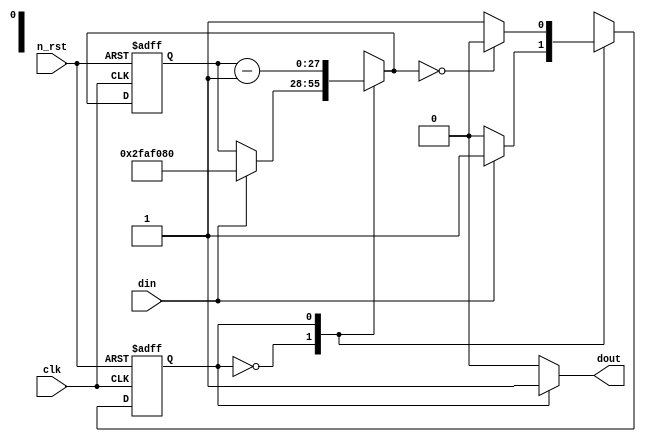
module delay(
    clk,
    n_rst,
    din,
    dout
);


//parameter N = 28;
//parameter T_20MS = 28'h000_0008; testbench 

parameter N = 28;
parameter T_1S = 28'h2FA_F080;
// 1s = 1.0+e9ns, 1clock = 20ns, 1s = 5.0+e7clock
//5.0+e7 = 28'b0010_1111_1010_1111_0000_1000_0000 = 28'h2FA_F080

input clk;
input n_rst;
input din;

output dout;

reg c_state;
reg n_state;

reg [N-1:0] c_cnt;
reg [N-1:0] n_cnt;

localparam D_INT = 1'b0;      //  
localparam D_DELAY = 1'b1;  //  

always @(posedge clk or negedge n_rst)
    if(!n_rst) begin
        c_state <= D_INT;
        c_cnt <= {N{1'b0}};
    end
    else begin
        c_state <= n_state;
        c_cnt <= n_cnt;
    end

always @(c_state or din or c_cnt or n_cnt)
    case(c_state)
    D_INT : begin
        n_state = (din == 1'b1) ? D_DELAY : c_state; //  din 1'b1     ,     
        n_cnt = (din == 1'b1) ? T_1S : c_cnt;          //  din 1'b1  c_cnt     ,   
    end
    D_DELAY: begin
        n_state = (n_cnt == {N{1'b0}}) ? D_INT : c_state; // n_cnt  28'h000_0000     
        n_cnt = c_cnt - {{(N-1){1'b0}}, 1'b1};                //   c_cnt 28'h000_0001 
    end
    default : begin
        n_state = D_INT;
        n_cnt = {N{1'b0}};
    end
    endcase

    assign dout = (c_state == D_DELAY) ? 1'b1 : 1'b0; //      dout 1'b1 ,   1'b0 

endmodule

/*
    google wavedrom editor    
{signal: [
  {name:     'clk', wave: 'P.....|...', period: '2'},
  {name:   'r_nst', wave: 'lh..........|.......', period:  '1'},
  {name:     'din', wave: 'l..h.l......|.......', period:  '1'},
  {},
  {name: 'c_state', wave: '=...=.......|.....=.', period:  '1', data: 'D_INT D_DELAY D_INT'},
  {name: 'n_state', wave: '=..=........|...=...', period:  '1', data: 'D_INT D_DELAY D_INT'},
  {name:   'c_cnt', wave: '=...=.=.=.=.|==.=...', period:  '1', data: '000 111 110 101 100 010 001 000'},
  {name:   'n_cnt', wave: '=..==.=.=.=.|==.....', period:  '1', data: '000 111 110 101 100 011 001 000'},
  {},
  {name:  'dout', wave: 'l...h.......|.....l.'}
]}

*/